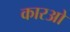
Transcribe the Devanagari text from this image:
कारओ